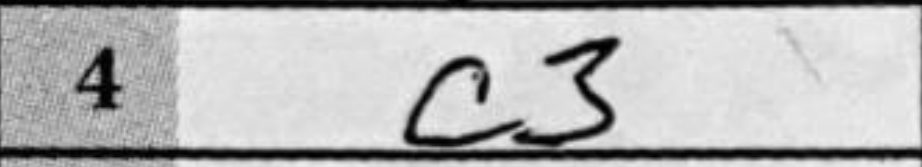
Transcription: c3